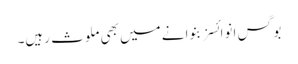
بوگس انوائسز بنوانے میں بھی ملوث رہیں۔